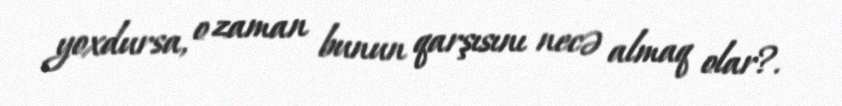
yoxdursa, o zaman bunun qarşısını necə almaq olar?.